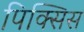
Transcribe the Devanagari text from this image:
पिक्सिस